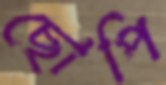
ছোপি